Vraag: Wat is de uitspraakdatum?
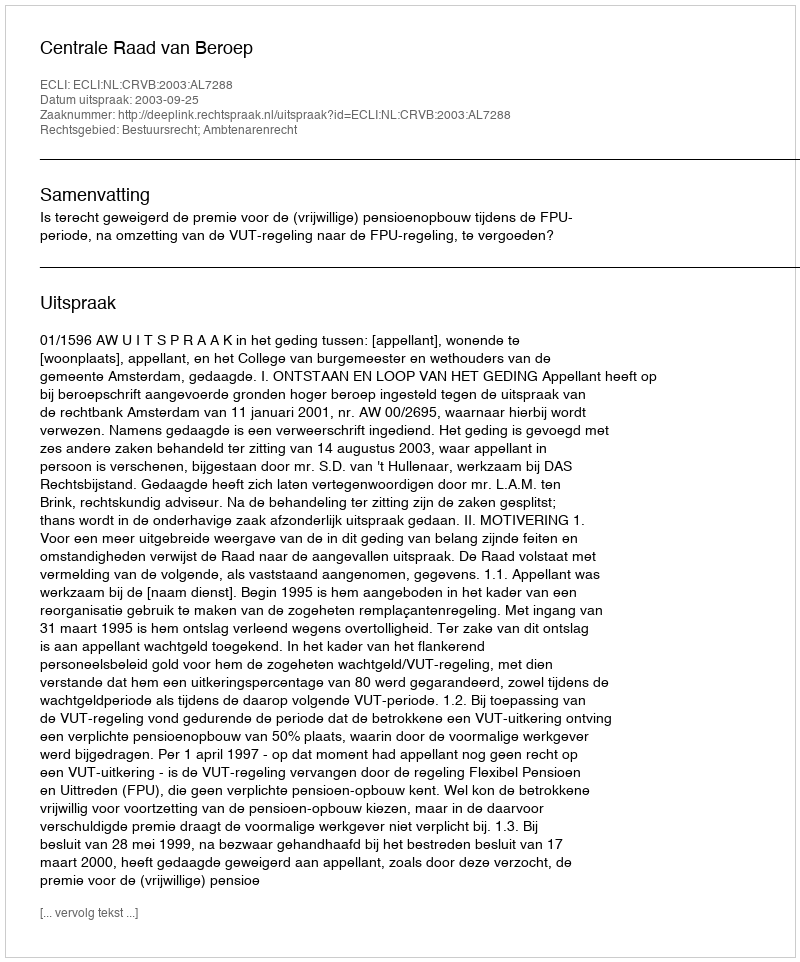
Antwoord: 2003-09-25